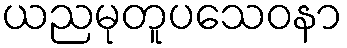
ယညမုတူပသေဝနာ